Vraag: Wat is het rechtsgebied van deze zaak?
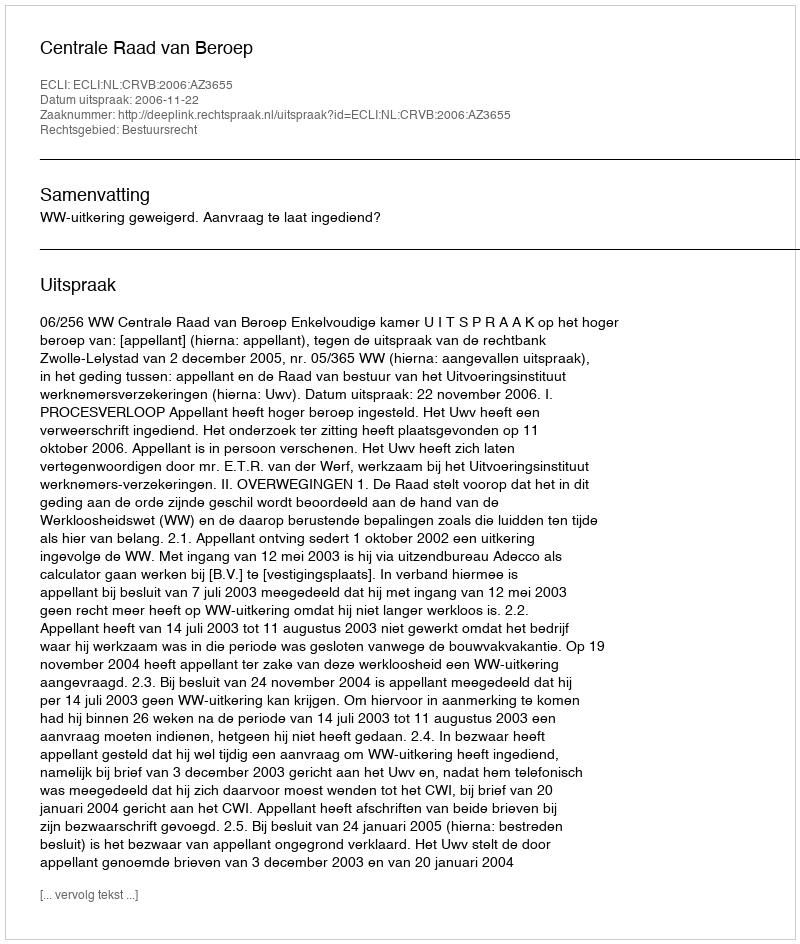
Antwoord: Bestuursrecht